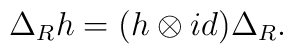
\Delta_{R} h = ( h \otimes id) \Delta_R.